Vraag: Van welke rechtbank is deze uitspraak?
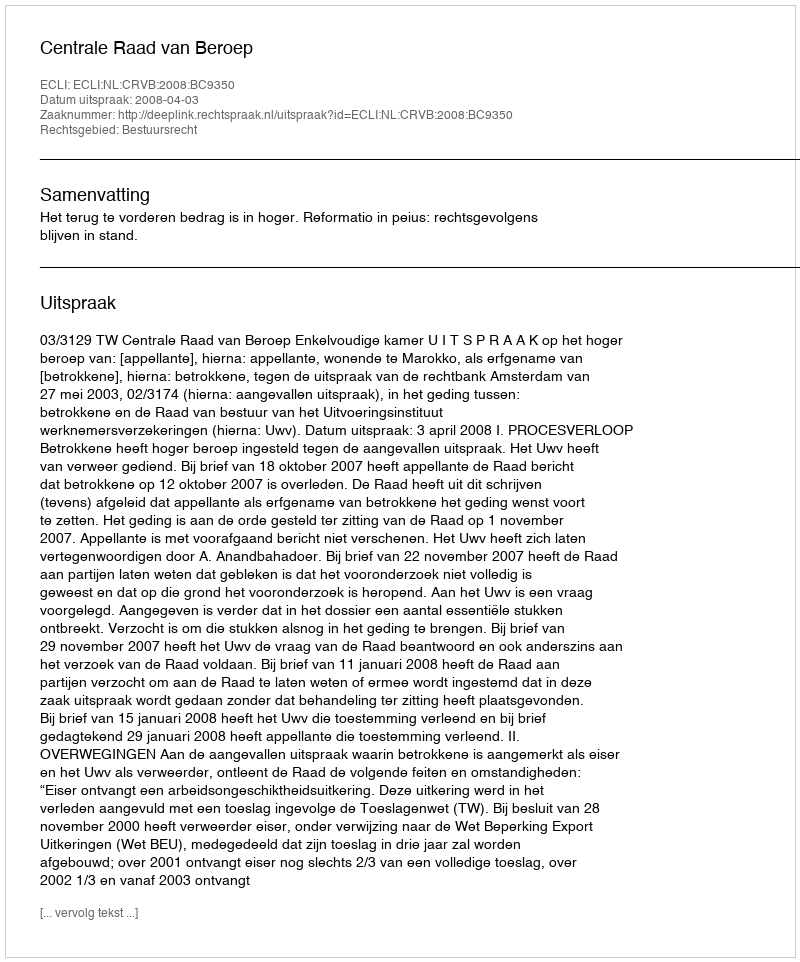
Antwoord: Centrale Raad van Beroep